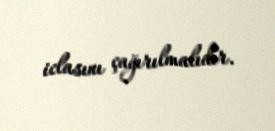
iclasını çağırılmalıdır.